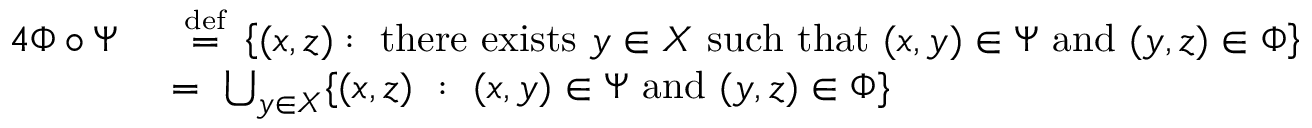
{ \begin{array} { r l } { { 4 } \Phi \circ \Psi ~ } & { ~ { \stackrel { \scriptscriptstyle { \mathrm { d e f } } } { = } } ~ \left\{ ( x , z ) : { \mathrm { ~ t h e r e ~ e x i s t s ~ } } y \in X { \mathrm { ~ s u c h ~ t h a t ~ } } ( x , y ) \in \Psi { \mathrm { ~ a n d ~ } } ( y , z ) \in \Phi \right\} } \\ & { = ~ \bigcup _ { y \in X } \{ ( x , z ) ~ : ~ ( x , y ) \in \Psi { \mathrm { ~ a n d ~ } } ( y , z ) \in \Phi \} } \end{array} }